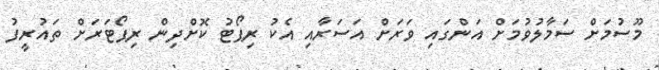
މޫސުމަށް ސަމާލުވުމަށް އަންގައި ވަރަށް އަސަރާއި އެކު ރިޕޯޓު ކޮށްދިން ރިޕޯޓަރަށް ތައުރީފު